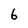
Character: 6